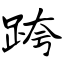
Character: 跨